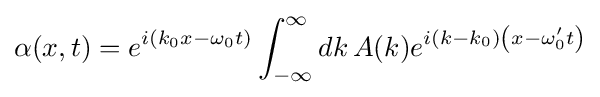
\alpha (x,t)=e^{i\left(k_{0}x-\omega _{0}t\right)}\int _{-\infty }^{\infty }dk\,A(k)e^{i(k-k_{0})\left(x-\omega '_{0}t\right)}